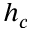
h _ { c }